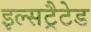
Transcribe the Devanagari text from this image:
इल्सट्रैटेड